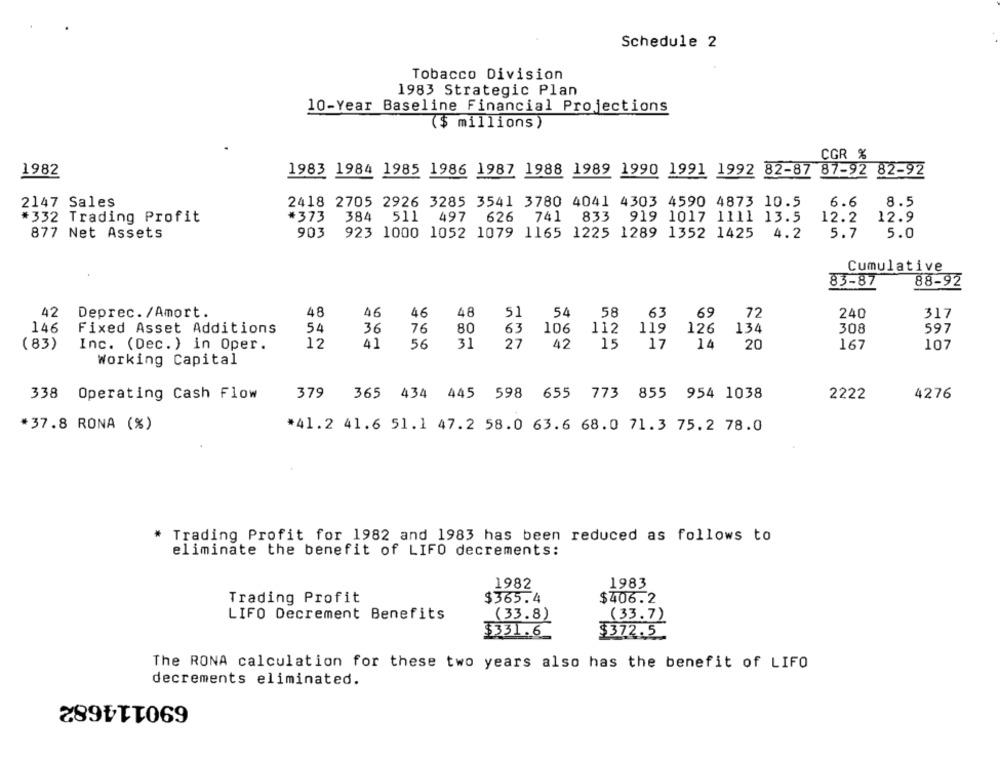
Schedule 2
Tobacco Division
1983 Strategic Plan
10-Year Baseline Financial Projections
($ millions )
CGR %
1982
1983 1984 1985 1986 1987 1988 1989 1990 1991 1992 82-87 87-92 82-92
2147 Sales
2418 2705 2926 3285 3541 3780 4041 4303 4590 4873 10.5
6.6
8.5
*332 Trading Profit
*373
384 511 497 626 741 833 919 1017 1111 13.5
12.2
12.9
877 Net Assets
903
923 1000 1052 1079 1165 1225 1289 1352 1425 4.2
5.7
5.0
Cumulative
83-87
88-92
42
Deprec. /Amort.
48
46
46
48
51
54
58
63
69
72
240
317
54
146
Fixed Asset Additions
36
76
80
63
106
112
119
126
134
308
597
(83)
Inc. (Dec.) in Oper.
12
41
56
31
27
42
15
17
14
20
167
107
Working Capital
4276
338 Operating Cash Flow
379 365 434 445 598 655 773 855 954 1038
2222
*37.8 RONA (%)
*41.2 41.6 51.1 47.2 58.0 63.6 68.0 71.3 75.2 78.0
* Trading Profit for 1982 and 1983 has been reduced as follows to
eliminate the benefit of LIFO decrements:
1982
1983
Trading Profit
$365.4
$406.2.
LIFO Decrement Benefits
(33.8)
(33.7)
$331.6
$372.5
The RONA calculation for these two years also has the benefit of LIFO
decrements eliminated.
690114682